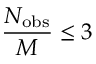
\frac { N _ { \mathrm { { o b s } } } } { M } \leq 3